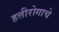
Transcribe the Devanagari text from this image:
हत्तीरोगाचे